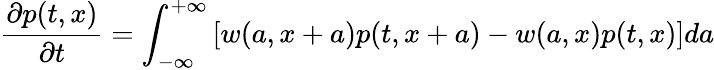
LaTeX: \frac{\partial p(t,x)}{\partial t}=\int_{-\infty}^{+\infty}\left[w(a,x+a)p(t,x+a)-w(a,x)p(t,x)\right]da